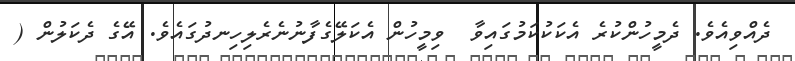
ދެއްވިއެވެ. ދެމީހުންކުރެ އެކަކުކަމުގައިވާ  ވިމީހުން އެކަލޭގެފާނުނެރެލިހިނދުގައެވެ. އޭގެ ދެކަލުން (